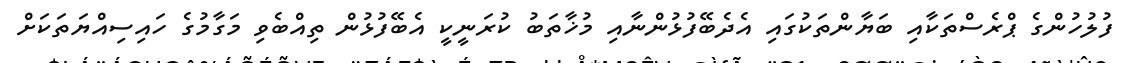
ފުލުހުންގެ ޕްރެސްތަކާއި ބަޔާންތަކުގައި އެދެބޭފުޅުންނާއި މުޚާތަބު ކުރަނީކީ އެބޭފުޅުން ތިއްބެވި މަގާމުގެ ހައިސިއްޔަތަކަށް